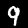
Digit: 9